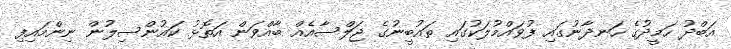
އަބްދު ހަމީދުގެ ހަނދާނުގައި ފުވައްމުލަކުގައި ތައުބީނުގެ ޖަލްސާއެއް ބާއްވަން އަތޮޅު ކައުންސިލުން ނިންމައިފި